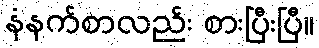
နံနက်စာလည်း စားပြီးပြီ။